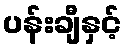
ပန်းချီနှင့်